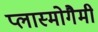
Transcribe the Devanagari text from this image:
प्लास्मोगैमी